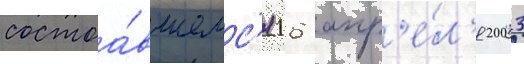
состоа́вшемс'я 16 апр'е́л'я 2003